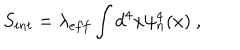
S _ { i n t } = \lambda _ { e f f } \int d ^ { 4 } x \psi _ { n } ^ { 4 } ( x ) ~ ,